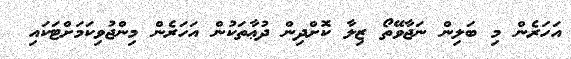
އަހަރެން މި ބަލިން ނަޖާވޭތޯ ޒިލާ ކޮށްދިން ދުޢާތަކުން އަހަރެން މިންޖުވިކަމަށްޓަކައި